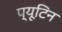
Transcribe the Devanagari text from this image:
प्यूटिन